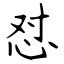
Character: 怼